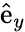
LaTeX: \hat{\mathrm{e}}_{y}